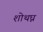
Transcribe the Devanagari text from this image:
शोथघ्न